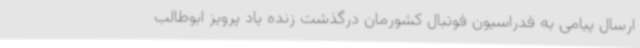
ارسال پیامی به فدراسیون فوتبال کشورمان درگذشت زنده یاد پرویز ابوطالب